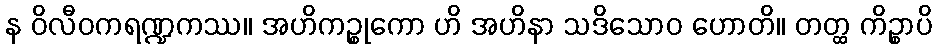
န ဝိလီဝကရဏ္ဍကဿ။ အဟိကဉ္စုကော ဟိ အဟိနာ သဒိသောဝ ဟောတိ။ တတ္ထ ကိဉ္စာပိ